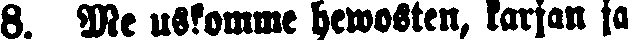
8. Me uskomme hewosten, karjan ja